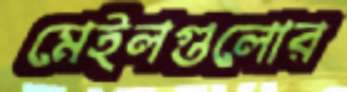
মেইলগুলোর